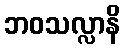
ဘဝသလ္လာနိ